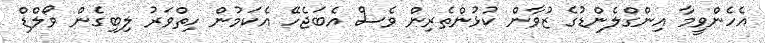
އެހެންވީމާ އިންގްލެންޑުގެ ޒުވާން ކުޅުންތެރިން ވެސް އެބަޖެހޭ އެކަމުން ހިތްވަރު ލިބިގެން ވޯލްޑް